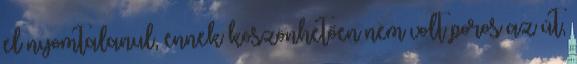
el nyomtalanul, ennek köszönhetően nem volt poros az út,